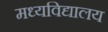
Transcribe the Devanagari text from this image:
मध्यविद्यालय